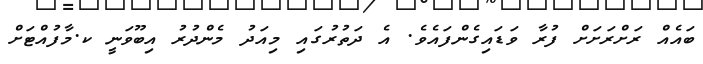
ބައެއް ރަށްރަށަށް ފުރާ ވަޑައިގެންފައެވެ. އެ ދަތުރުގައި މިއަދު މެންދުރު އިބޫވަނީ ކ.މާފުއްޓަށް